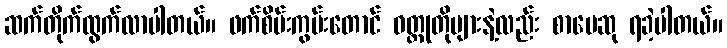
ဆက်တိုက်ထွက်လာပါတယ်။ ဖက်စိမ်းကွမ်းတောင် ဝတ္ထုတိုများနဲ့လည်း စာပေဆု ရခဲ့ပါတယ်။